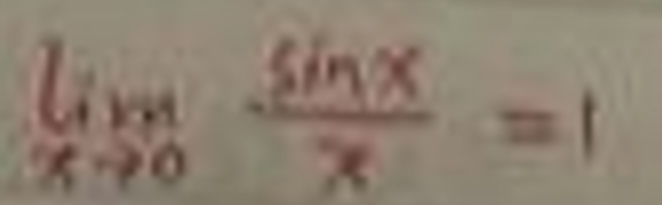
\[
\lim_{x \to 0} \frac{\sin x}{x} = 1
\]